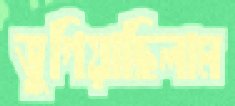
ভুগিয়াছিলাম